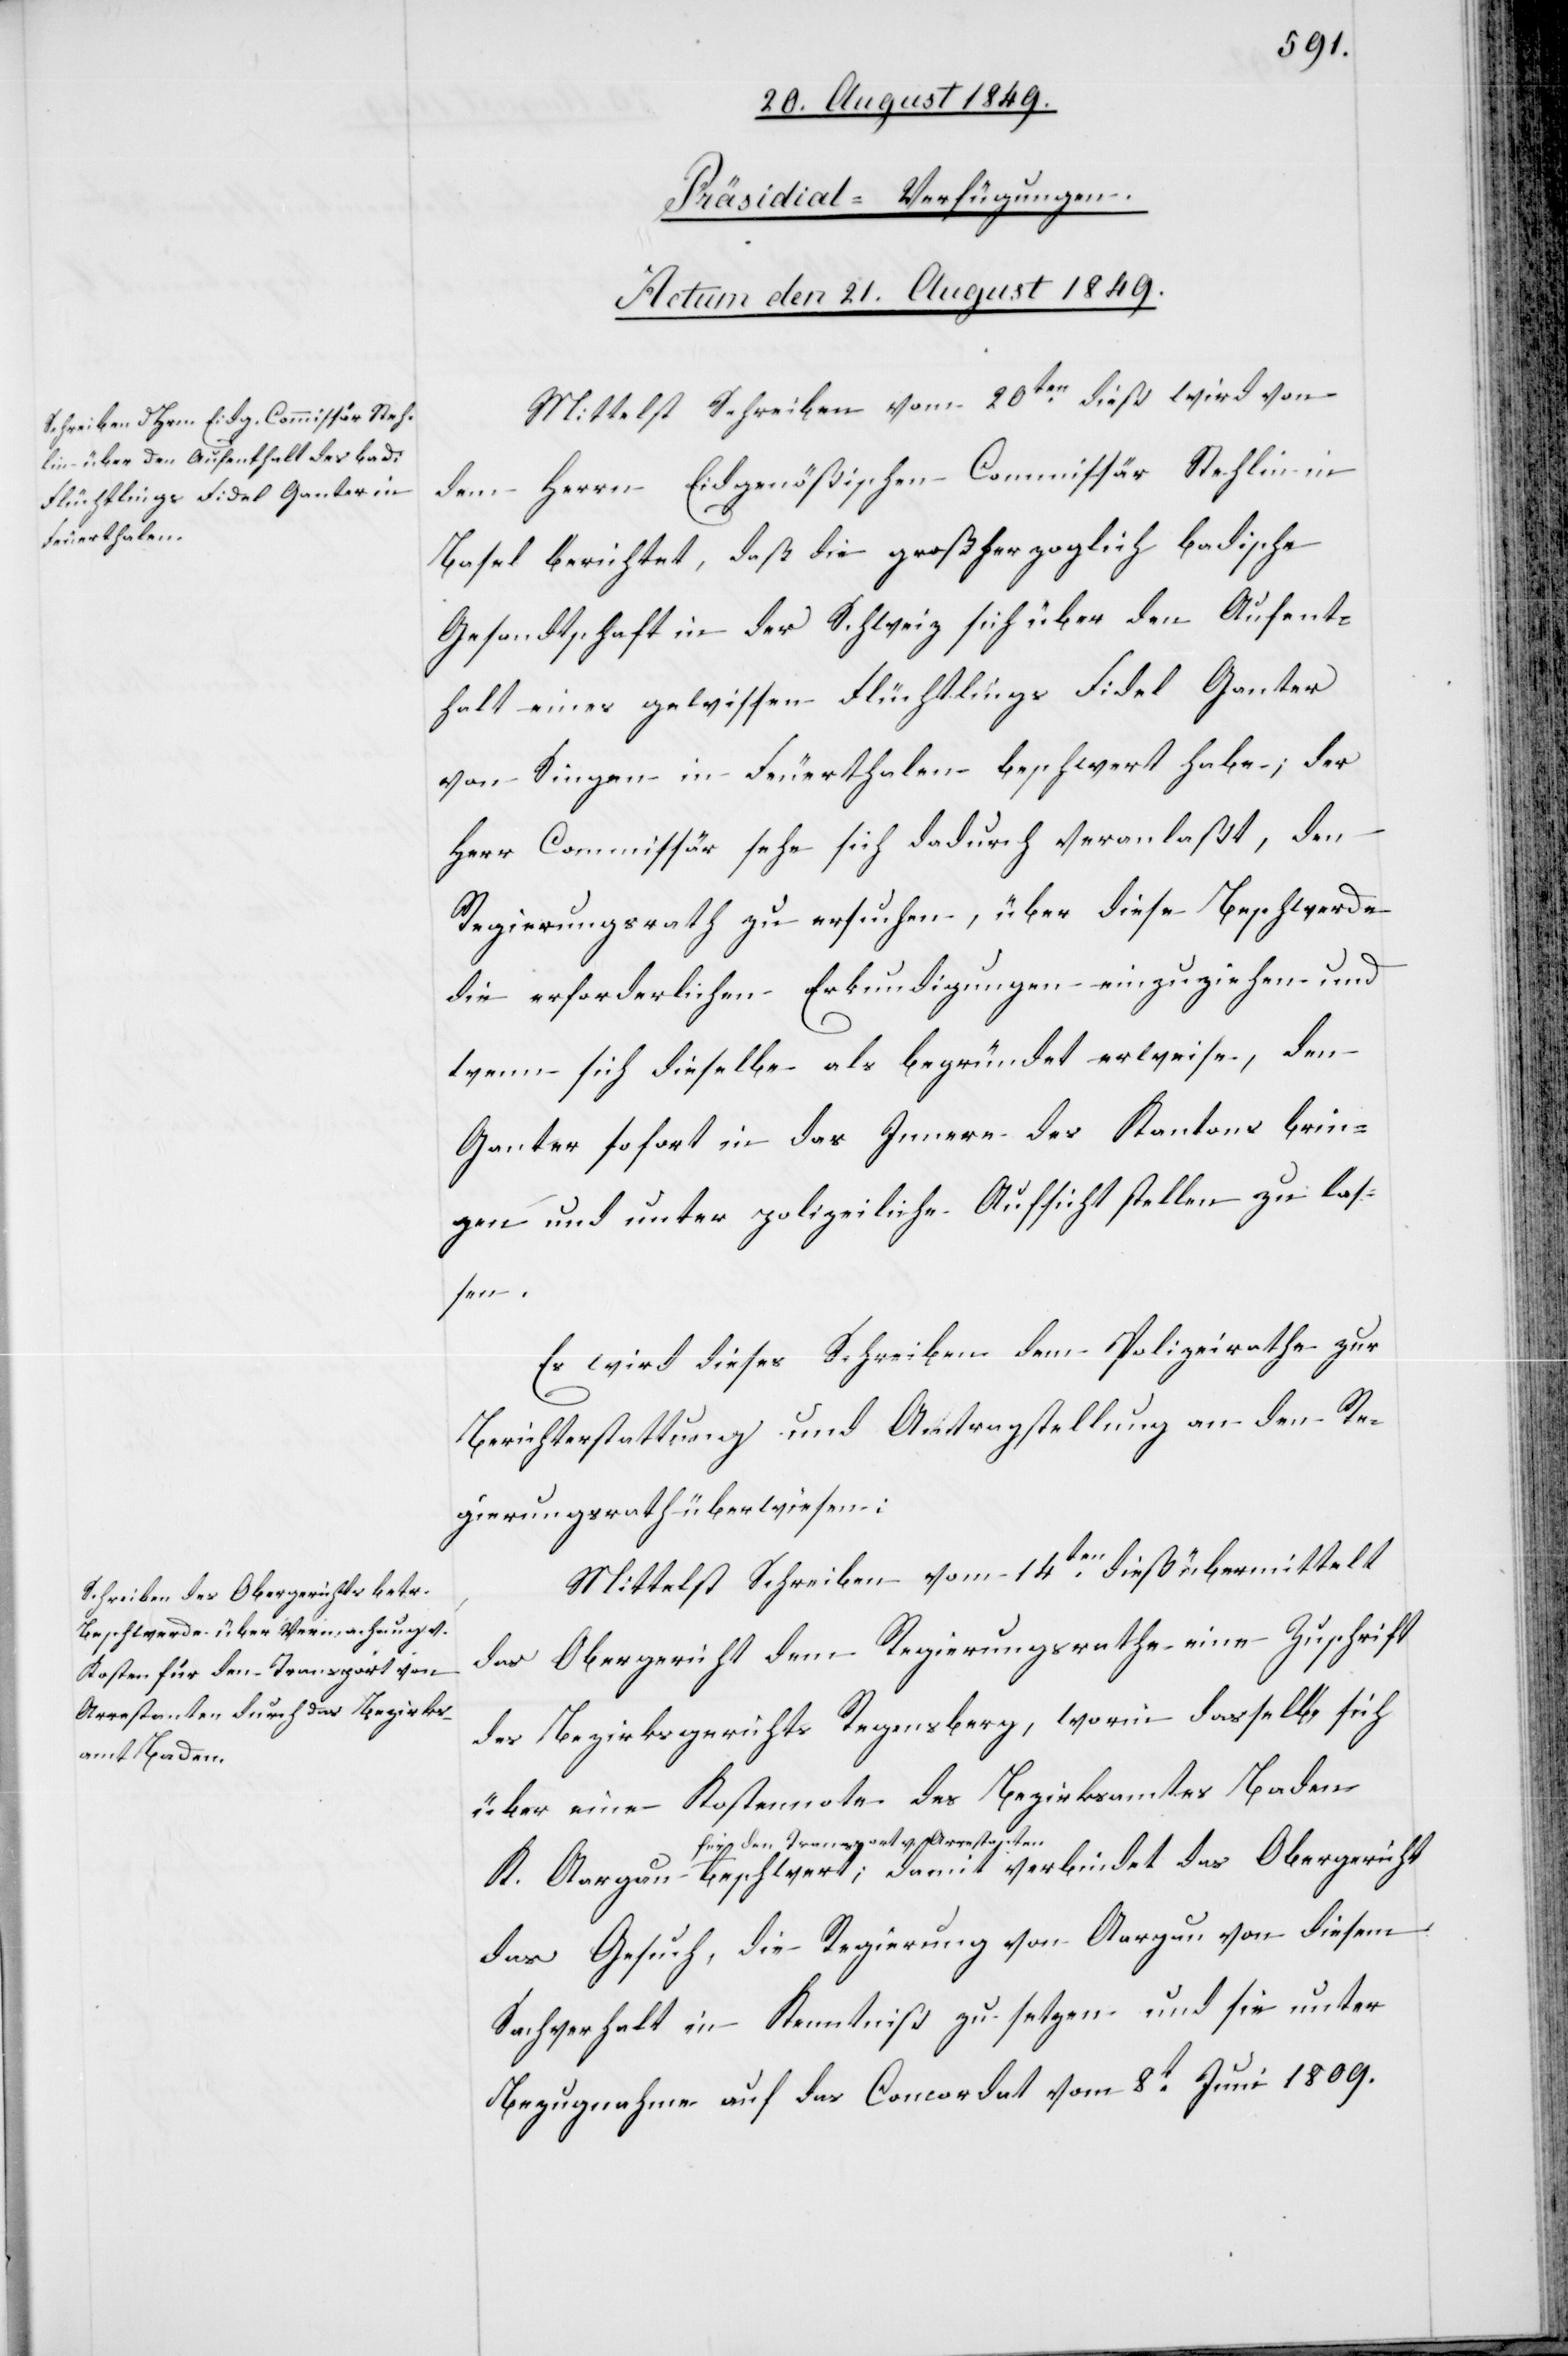
[Präsidial-Verfügungen.
Actum den 21. August 1849.]
Mittelst Schreiben vom 20ten dieß wird von
dem Herrn Eidgenößischen Commissär Stehlin in
Basel berichtet, daß die großherzoglich badische
Gesandtschaft in der Schweiz sich über den Aufent¬
halt eines gewissen Flüchtlings Fidel Ganter
von Singen in Feuerthalen beschwert habe; der
Herr Commissär sehe sich dadurch veranlaßt, den
Regierungsrath zu ersuchen, über diese Beschwerde
die erforderlichen Erkundigungen einzuziehen und
wenn sich dieselbe als begründet erweise, den
Ganter sofort in das Innere des Kantons brin¬
gen und unter polizeiliche Aufsicht stellen zu las¬
sen.
Es wird dieses Schreiben dem Polizeirathe zur
Berichterstattung und Antragstellung an den Re¬
gierungsrath überwiesen:
Mittelst Schreiben vom 14ten dieß übermittelt
das Obergericht dem Regierungsrathe eine Zuschrift
des Bezirksgerichts Regensberg, worin dasselbe sich
über eine Kostennote des Bezirksamtes Baden
a-für den Transport v. Arrestante¬
n-a beschwert, damit verbindet das Obergericht
das Gesuch, die Regierung von Aargau von diesem
Sachverhalt in Kenntniß zu setzen und sie unter
Bezugnahme auf das Concordat vom 8t Juni 1809.